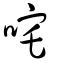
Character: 咤